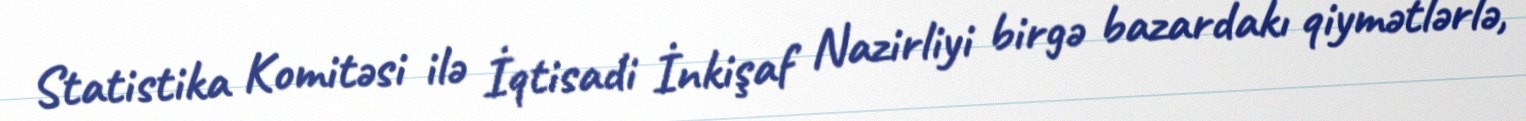
Statistika Komitəsi ilə İqtisadi İnkişaf Nazirliyi birgə bazardakı qiymətlərlə,